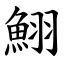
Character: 鮙